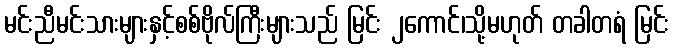
မင်းညီမင်းသားများနှင့်စစ်ဗိုလ်ကြီးများသည် မြင်း ၂ကောင်၊သို့မဟုတ် တခါတရံ မြင်း